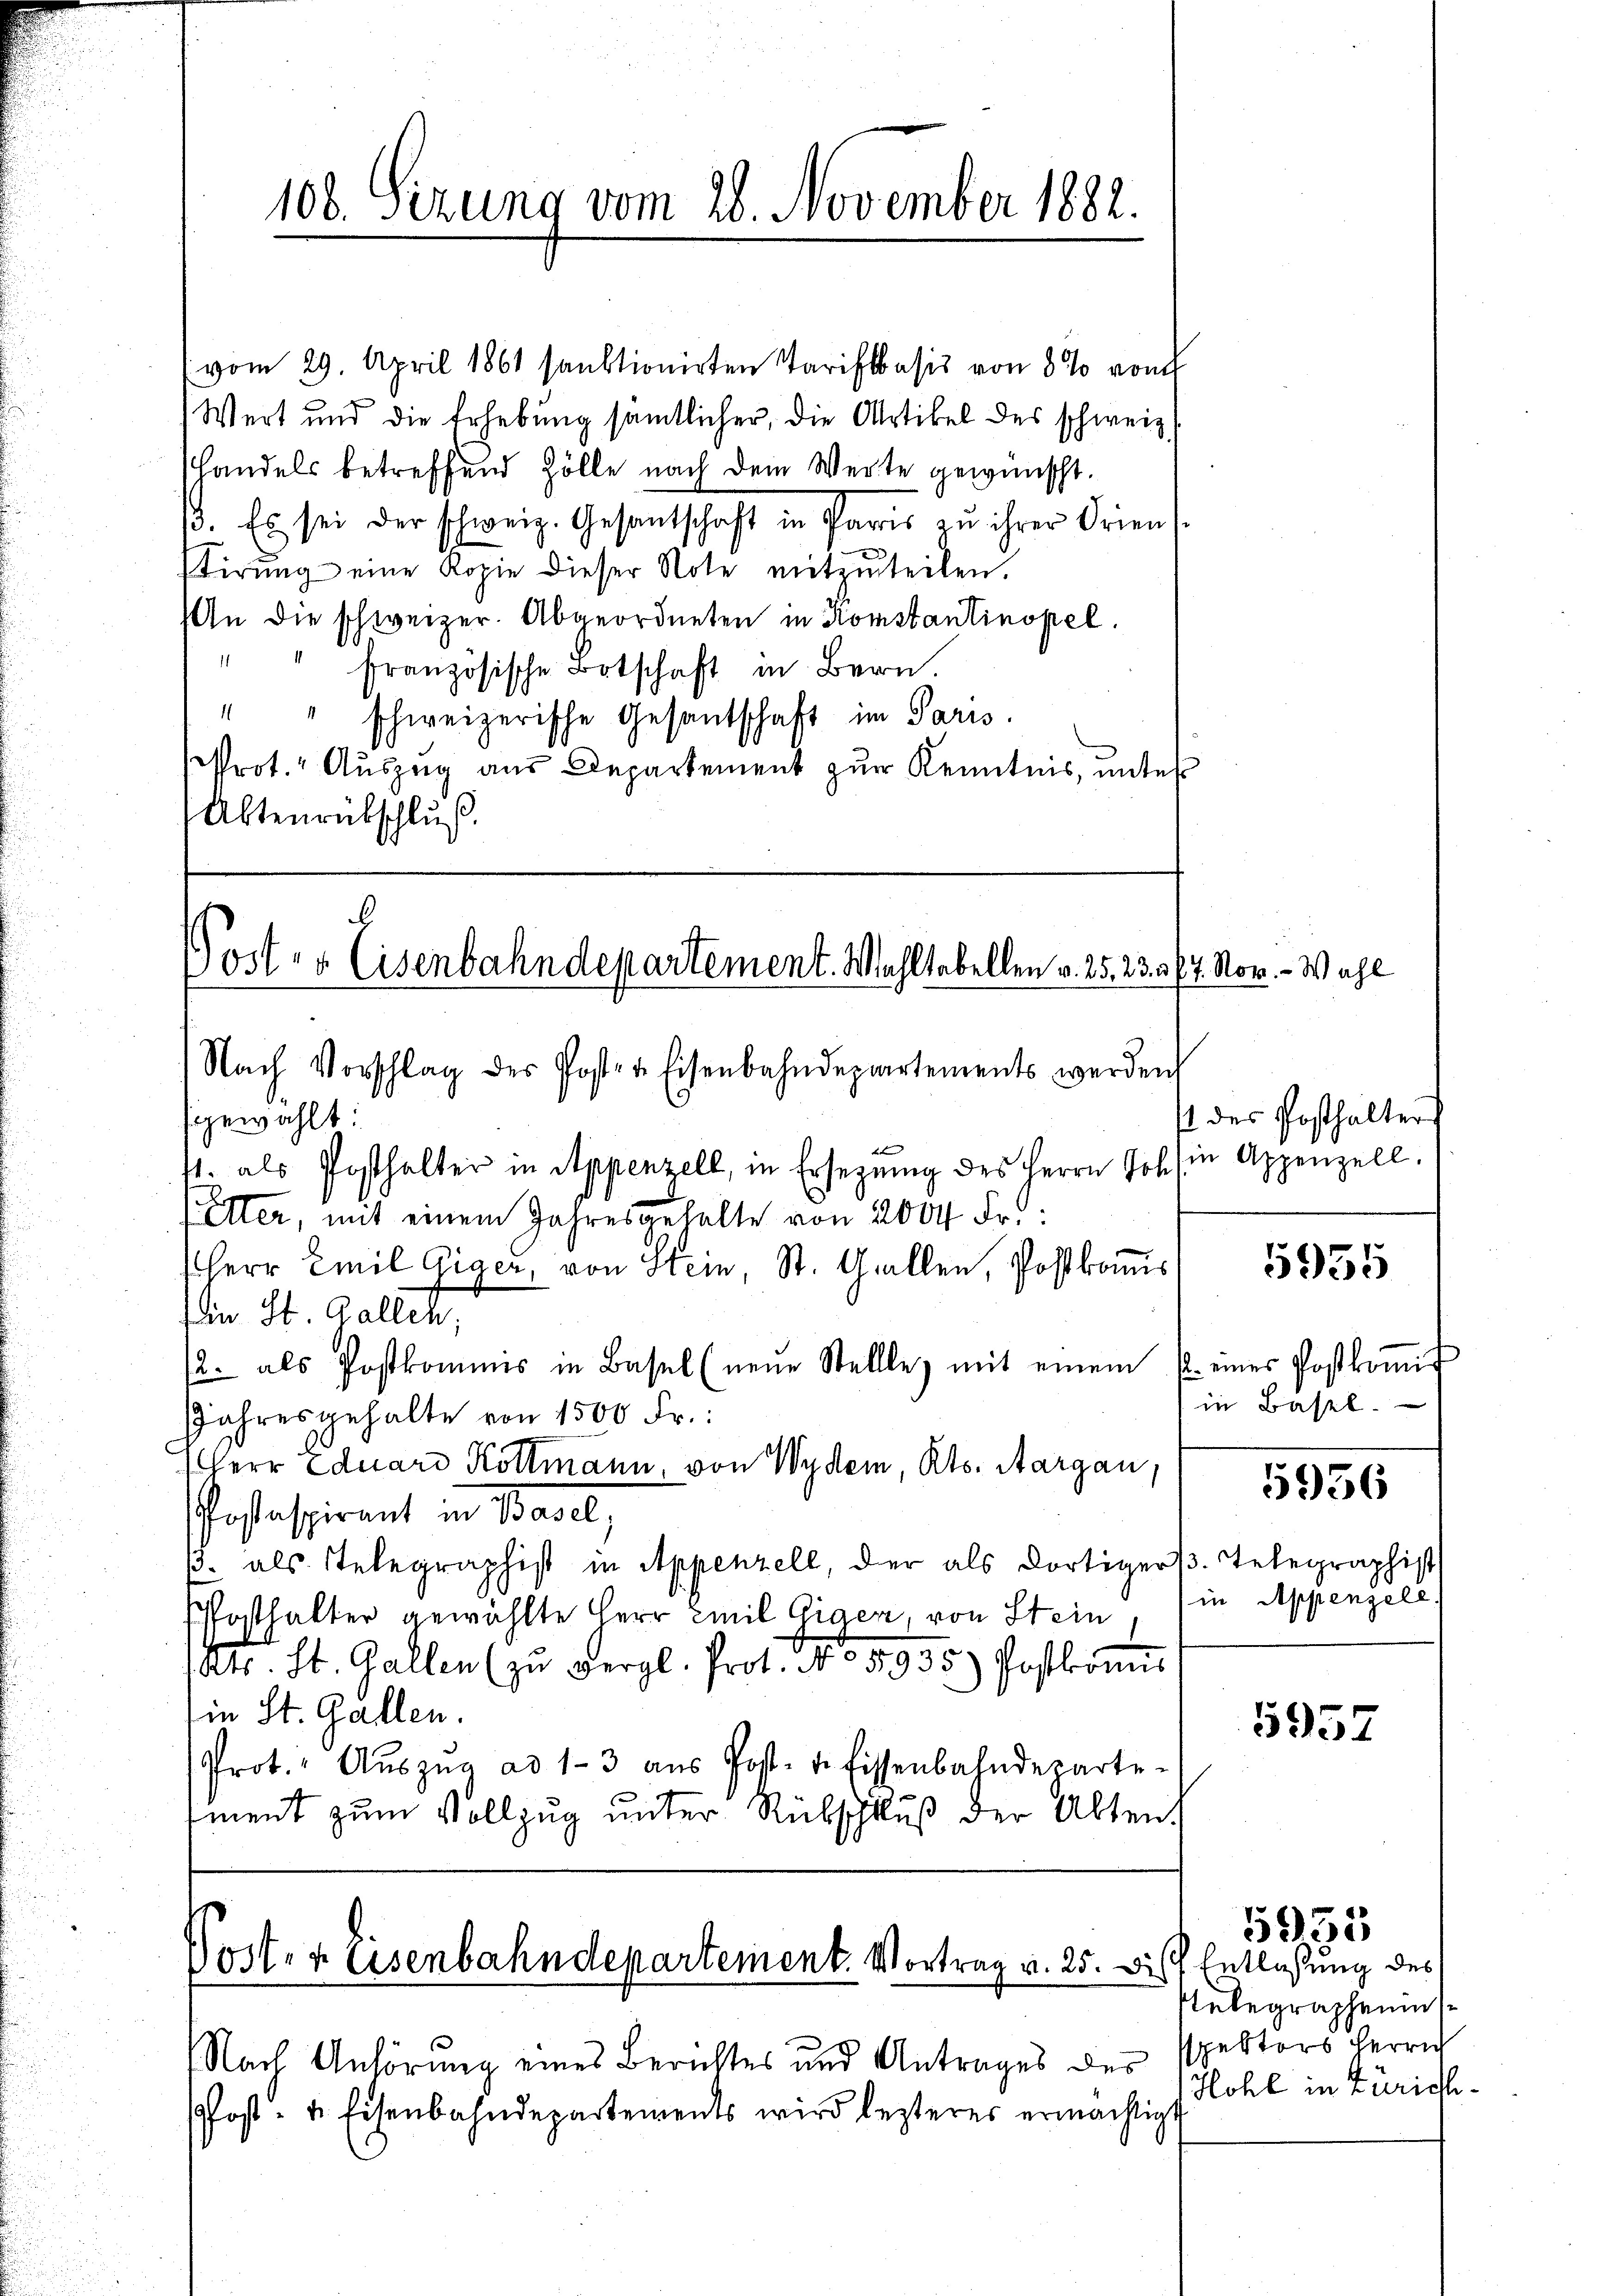
108. Sizung vom 28. November 1882.

vom 29. April 1861 sanktionirten Tarifsbasis von 8 % von
Wert und die Erhebung sämtlicher, die Artikel des schweiz.
slandels betreffend Zölle nach dem Werte gewünscht.
ß. Es sei der schweiz. Gesandtschaft in Paris zu ihrer Orien
tirŭng eine Kopie dieser Note mitzŭteilen.
An die schweizer. Abgeordneten in Konstantinopel.
" französische Botschaft in Bern.
" " schweizerische Gesantschaft in Paris.
Prot. Auszug aus Departement zur Kenntnis, unter
Aktenrübschluß

b
Post- & Eisenbahndepartement. Wohltabellen v. 25. 23. 77. Nov. - Wahl
Nach Vorschlag des Poster Eisenbahndepartements werden

sgewählt:
4. als Posthalter in Appenzell, in Ersetzŭng des Herrn Joh. in Appenzell.
Elter, mit einem Jahresgehalte von 200 Fr.
HHerr Emil Giger, von Stein, St. Gallen, Postkomis
in St. Gallen,
/2. als Postkommis in Basel (neŭe Stellle mit einem u. einer Postkoṁis
Jahresgehalte von 1500 Fr.:
Herr Eduard Köttmann, von Wydem, Kts. Aargau,
ostaspirant in Basel,
p. als Telegraphist in Appenzell, der als dortiger. Telegraphist
Pfosthalter gewählte Herr Emil Giger, von Stein, (in Appenzele
ats. St. Gallen (zu vergl. Prot. No 3935) Postkoṁis
in St. Gallen.
Prot. " Aŭszŭg ad 1-3 aŭs Post- u. Eissenbahndeparte-
tment zum Vollzug unter Rübschluß der Alten,

Post- & Eisenbahndepartement. Vortrag v. 25. bis Entlaßung des

Nach Anhörung eines Berichtes und Antrages der
Post- u. Eisenbahndepartements wird lezteres ermächtigt

st des Posthalter

in Basel.

5955

15956

5957

5955

Unbegraphenins
sspektors Herrich
Hohl in Zürich¬